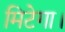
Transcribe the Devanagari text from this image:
मिटेगा।